Report on the metropolitan horse fairs and district horse shows of 1892-93 - 1892-1893
Year: 1892
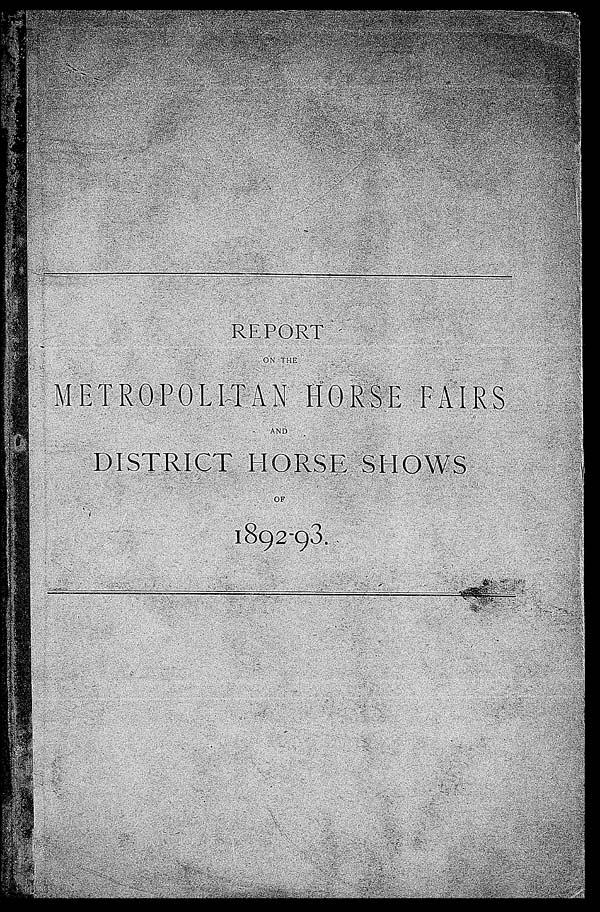
REPORT
ON THE
METROPOLITAN HORSE FAIRS
AND
DISTRICT HORSE SHOWS
OF
1892-93.